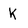
Character: k